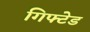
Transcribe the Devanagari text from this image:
गिफ्टेड